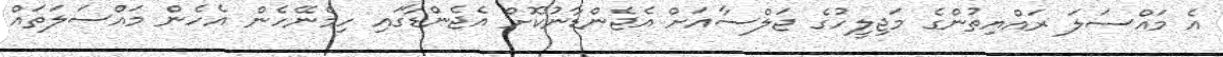
އެ މައްސަލަ ރައްޔިތުންގެ މަޖިލީހުގެ ޖަލްސާއަށް އެޖެންޑާނުކޮށް އެޖެންޑާގައި ހިމެނޭހެން އެހެން މައްސަލަތައް